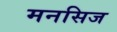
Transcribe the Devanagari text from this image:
मनसिज